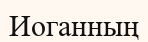
Иоганның